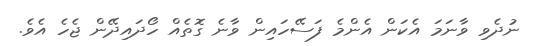
ނުދެވި ވާނަމަ އެކަން އެންމެ ފަސޭހައިން ވާނެ ގޮތެއް ހޯދައިދޭން ޖެހެ އެވެ.